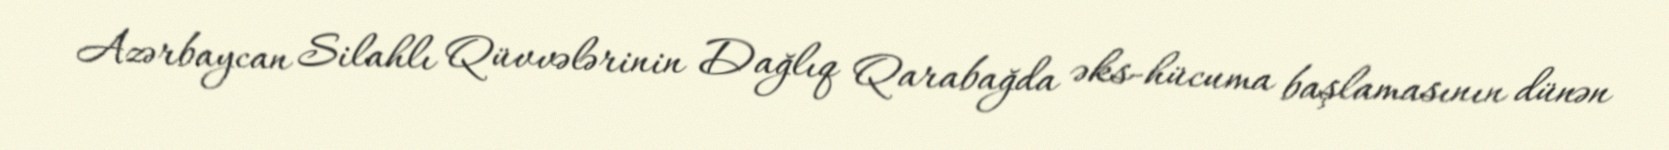
Azərbaycan Silahlı Qüvvələrinin Dağlıq Qarabağda əks-hücuma başlamasının dünən